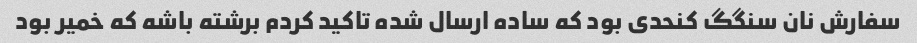
سفارش نان سنگگ کنحدی بود که ساده ارسال شده تاکید کردم برشته باشه که خمیر بود